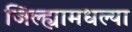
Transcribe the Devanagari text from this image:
जिल्ह्यामधल्या